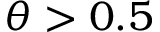
\theta > 0 . 5